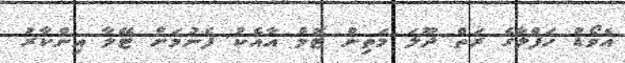
އެވޯޑު ހަފްލާގެ ރަތް ދޫލަ މަތިން ޓޮމް އާއެކު ފެނުމަށް ޓޭލާ އިންކާރު